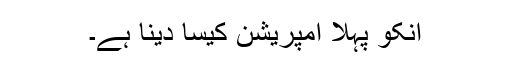
انکو پہلا امپریشن کیسا دینا ہے۔